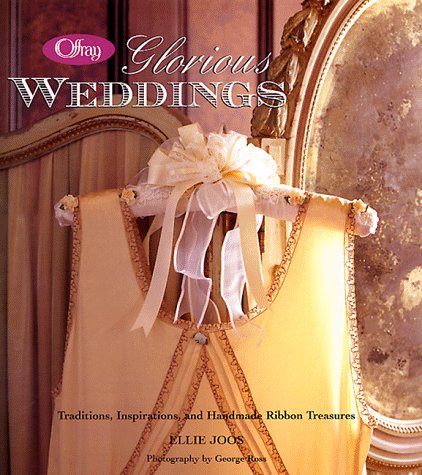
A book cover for Offray's Glorious Weddings; Ellie Joos; Crafts, Hobbies & Home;